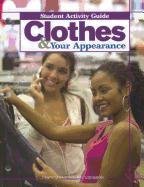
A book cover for Clothes & Your Appearance; Louise A. Liddell; Teen & Young Adult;